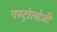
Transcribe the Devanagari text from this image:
एस्ट्रोलोजी